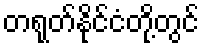
တရုတ်နိုင်ငံတို့တွင်